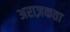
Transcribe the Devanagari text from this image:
अराज़कता